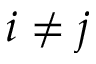
i \neq { j }